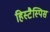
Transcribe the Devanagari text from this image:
हिस्टैस्पिस